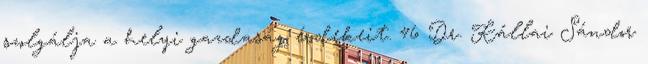
szolgálja a helyi gazdaság érdekeit. 46 Dr. Kállai Sándor